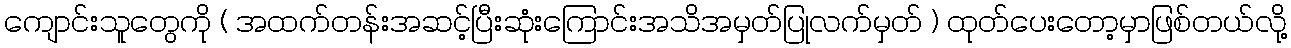
ကျောင်းသူတွေကို ( အထက်တန်းအဆင့်ပြီးဆုံးကြောင်းအသိအမှတ်ပြုလက်မှတ် ) ထုတ်ပေးတော့မှာဖြစ်တယ်လို့